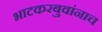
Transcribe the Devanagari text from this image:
भाटकरबुवांनाच